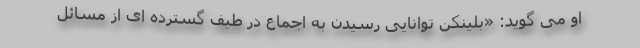
او می گوید: «بلینکن توانایی رسیدن به اجماع در طیف گسترده ای از مسائل